65_HS1-834228961_62-HQ-83894_Section_6
Agency: FBI
Page 269
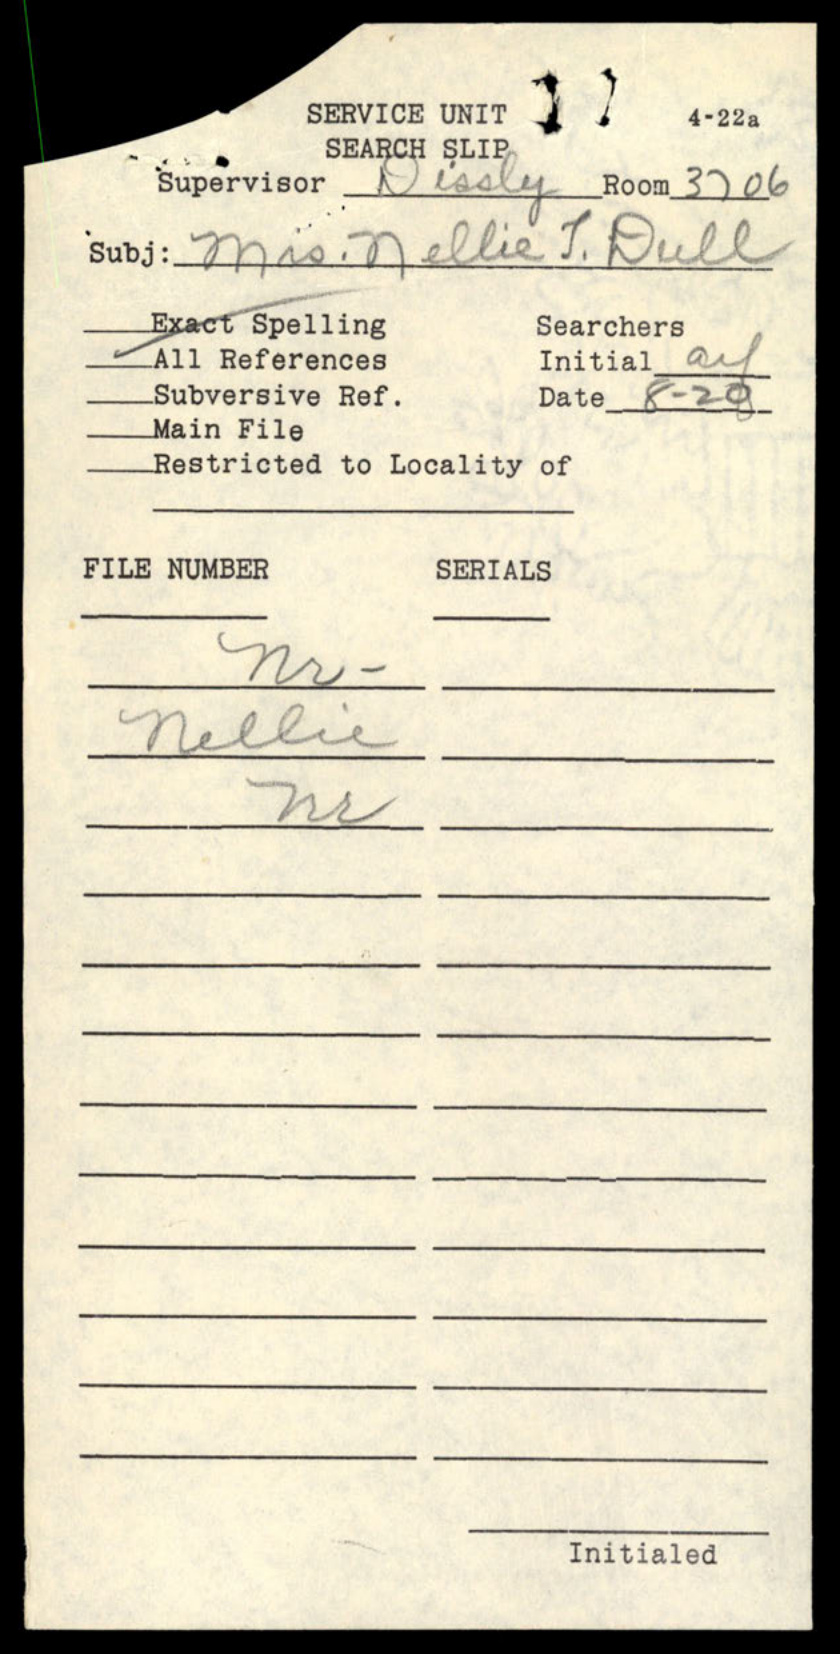